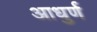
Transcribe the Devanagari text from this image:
आधुर्ण